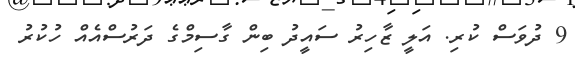
9 ދުވަސް ކުރި. އަލީ ޒާހިރު ސައީދު ބިން ގާސިމްގެ ދަރުސްއެއް ހުކުރު